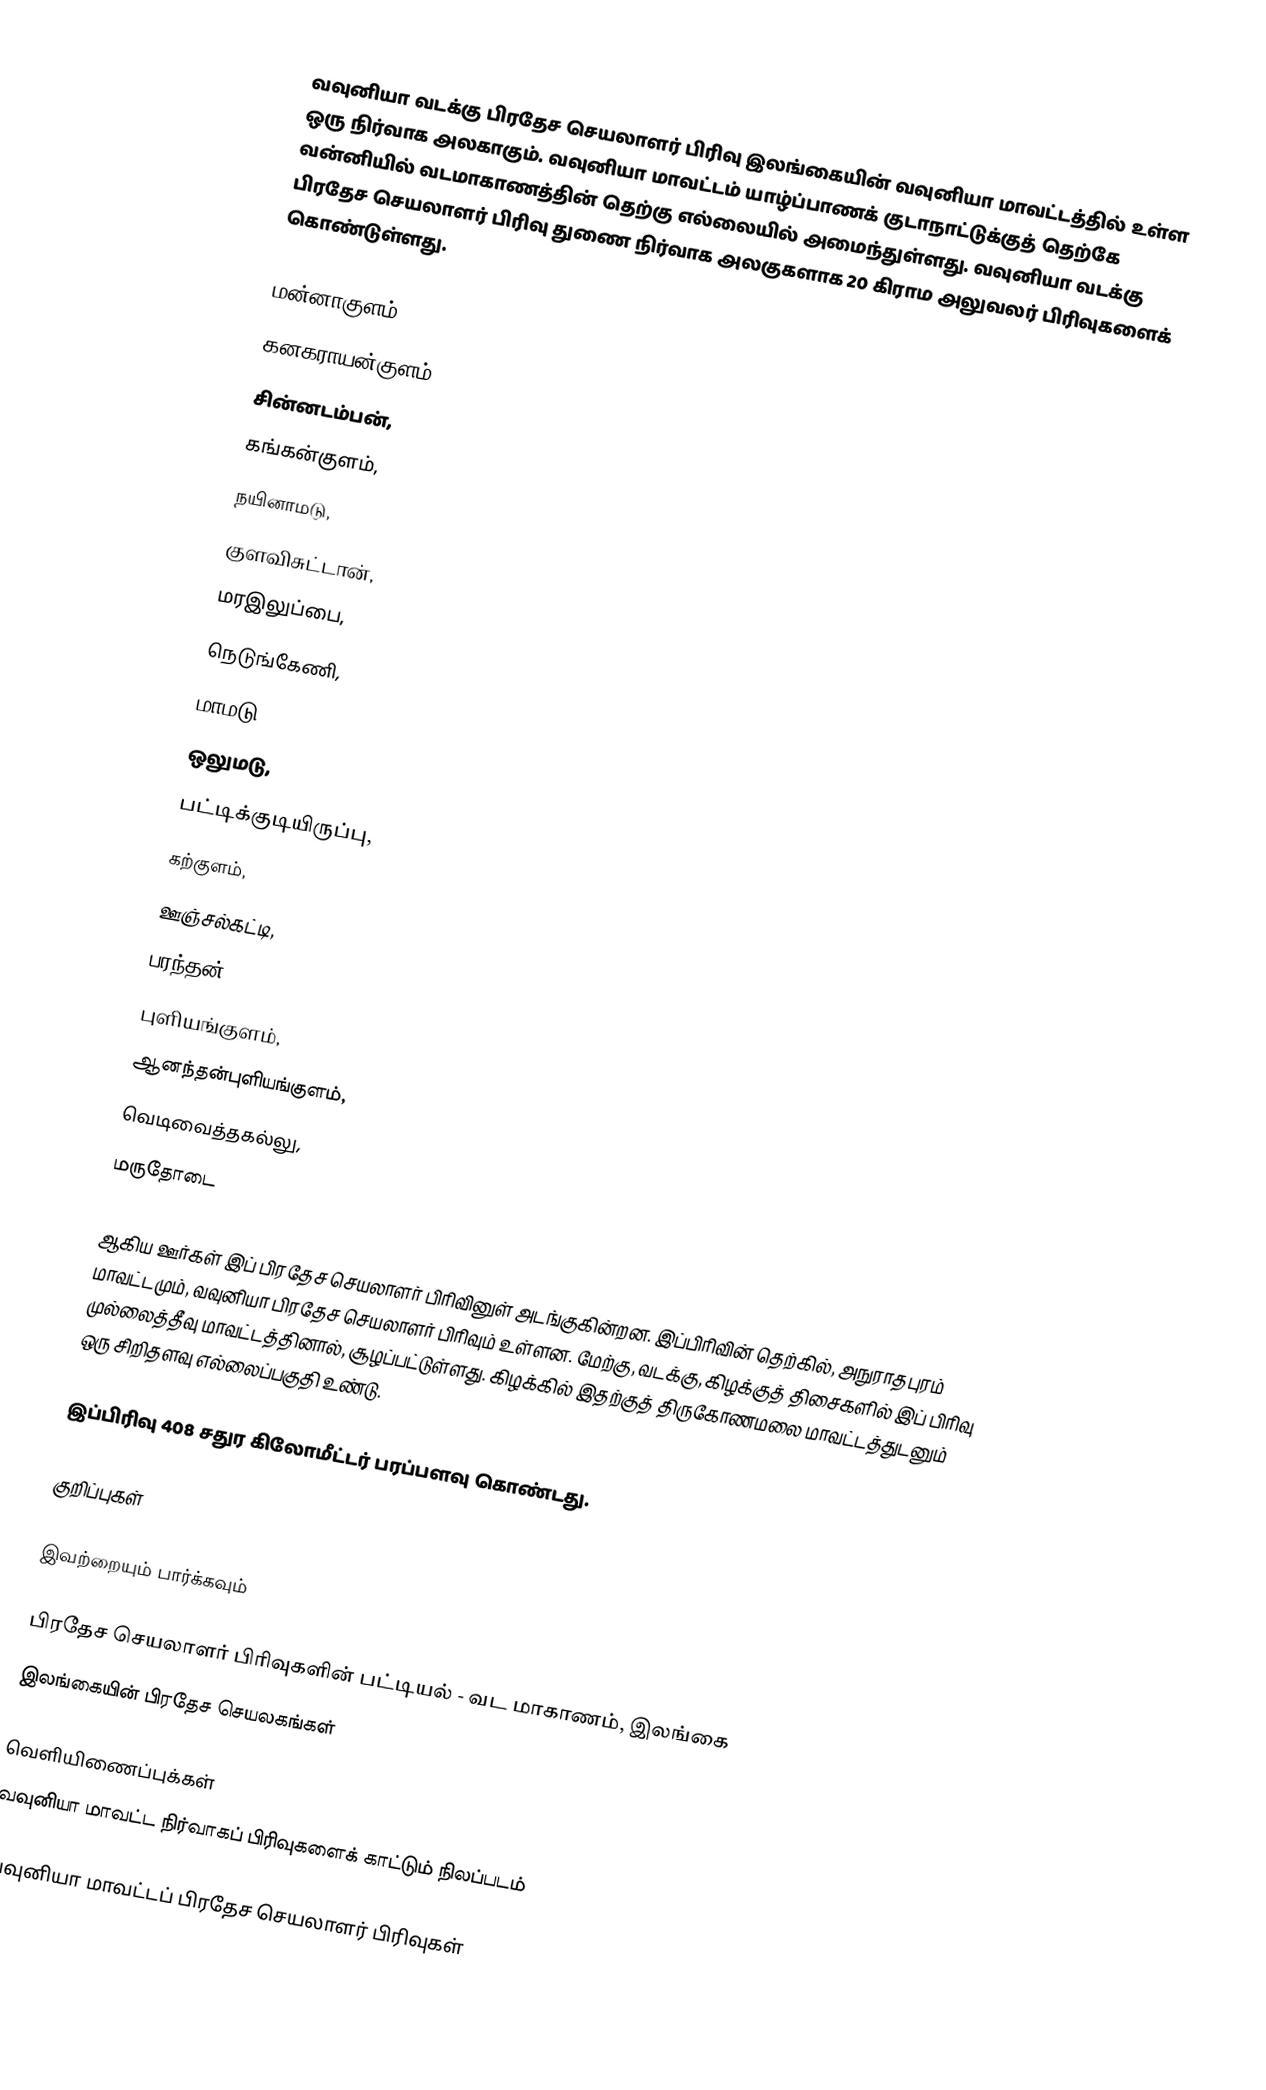
வவுனியா வடக்கு பிரதேச செயலாளர் பிரிவு இலங்கையின் வவுனியா மாவட்டத்தில் உள்ள ஒரு நிர்வாக அலகாகும். வவுனியா மாவட்டம் யாழ்ப்பாணக் குடாநாட்டுக்குத் தெற்கே வன்னியில் வடமாகாணத்தின் தெற்கு எல்லையில் அமைந்துள்ளது. வவுனியா வடக்கு பிரதேச செயலாளர் பிரிவு துணை நிர்வாக அலகுகளாக 20 கிராம அலுவலர் பிரிவுகளைக் கொண்டுள்ளது.

 மன்னாகுளம்,
 கனகராயன்குளம்,
 சின்னடம்பன்,
 கங்கன்குளம்,
 நயினாமடு,
 குளவிசுட்டான்,
 மரஇலுப்பை,
 நெடுங்கேணி,
 மாமடு,
 ஒலுமடு,
 பட்டிக்குடியிருப்பு,
 கற்குளம்,
 ஊஞ்சல்கட்டி,
 பரந்தன்,
 புளியங்குளம்,
 ஆனந்தன்புளியங்குளம்,
 வெடிவைத்தகல்லு,
 மருதோடை

ஆகிய ஊர்கள் இப் பிரதேச செயலாளர் பிரிவினுள் அடங்குகின்றன. இப்பிரிவின் தெற்கில், அநுராதபுரம் மாவட்டமும், வவுனியா பிரதேச செயலாளர் பிரிவும் உள்ளன. மேற்கு, வடக்கு, கிழக்குத் திசைகளில் இப் பிரிவு  முல்லைத்தீவு மாவட்டத்தினால், சூழப்பட்டுள்ளது. கிழக்கில் இதற்குத் திருகோணமலை மாவட்டத்துடனும் ஒரு சிறிதளவு எல்லைப்பகுதி உண்டு.

இப்பிரிவு 408 சதுர கிலோமீட்டர் பரப்பளவு கொண்டது.

குறிப்புகள்

இவற்றையும் பார்க்கவும்

 பிரதேச செயலாளர் பிரிவுகளின் பட்டியல் - வட மாகாணம், இலங்கை
 இலங்கையின் பிரதேச செயலகங்கள்

வெளியிணைப்புக்கள்
 வவுனியா மாவட்ட நிர்வாகப் பிரிவுகளைக் காட்டும் நிலப்படம்

வவுனியா மாவட்டப் பிரதேச செயலாளர் பிரிவுகள்